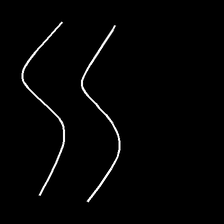
Glyph: float